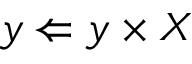
y \Leftarrow y \times X